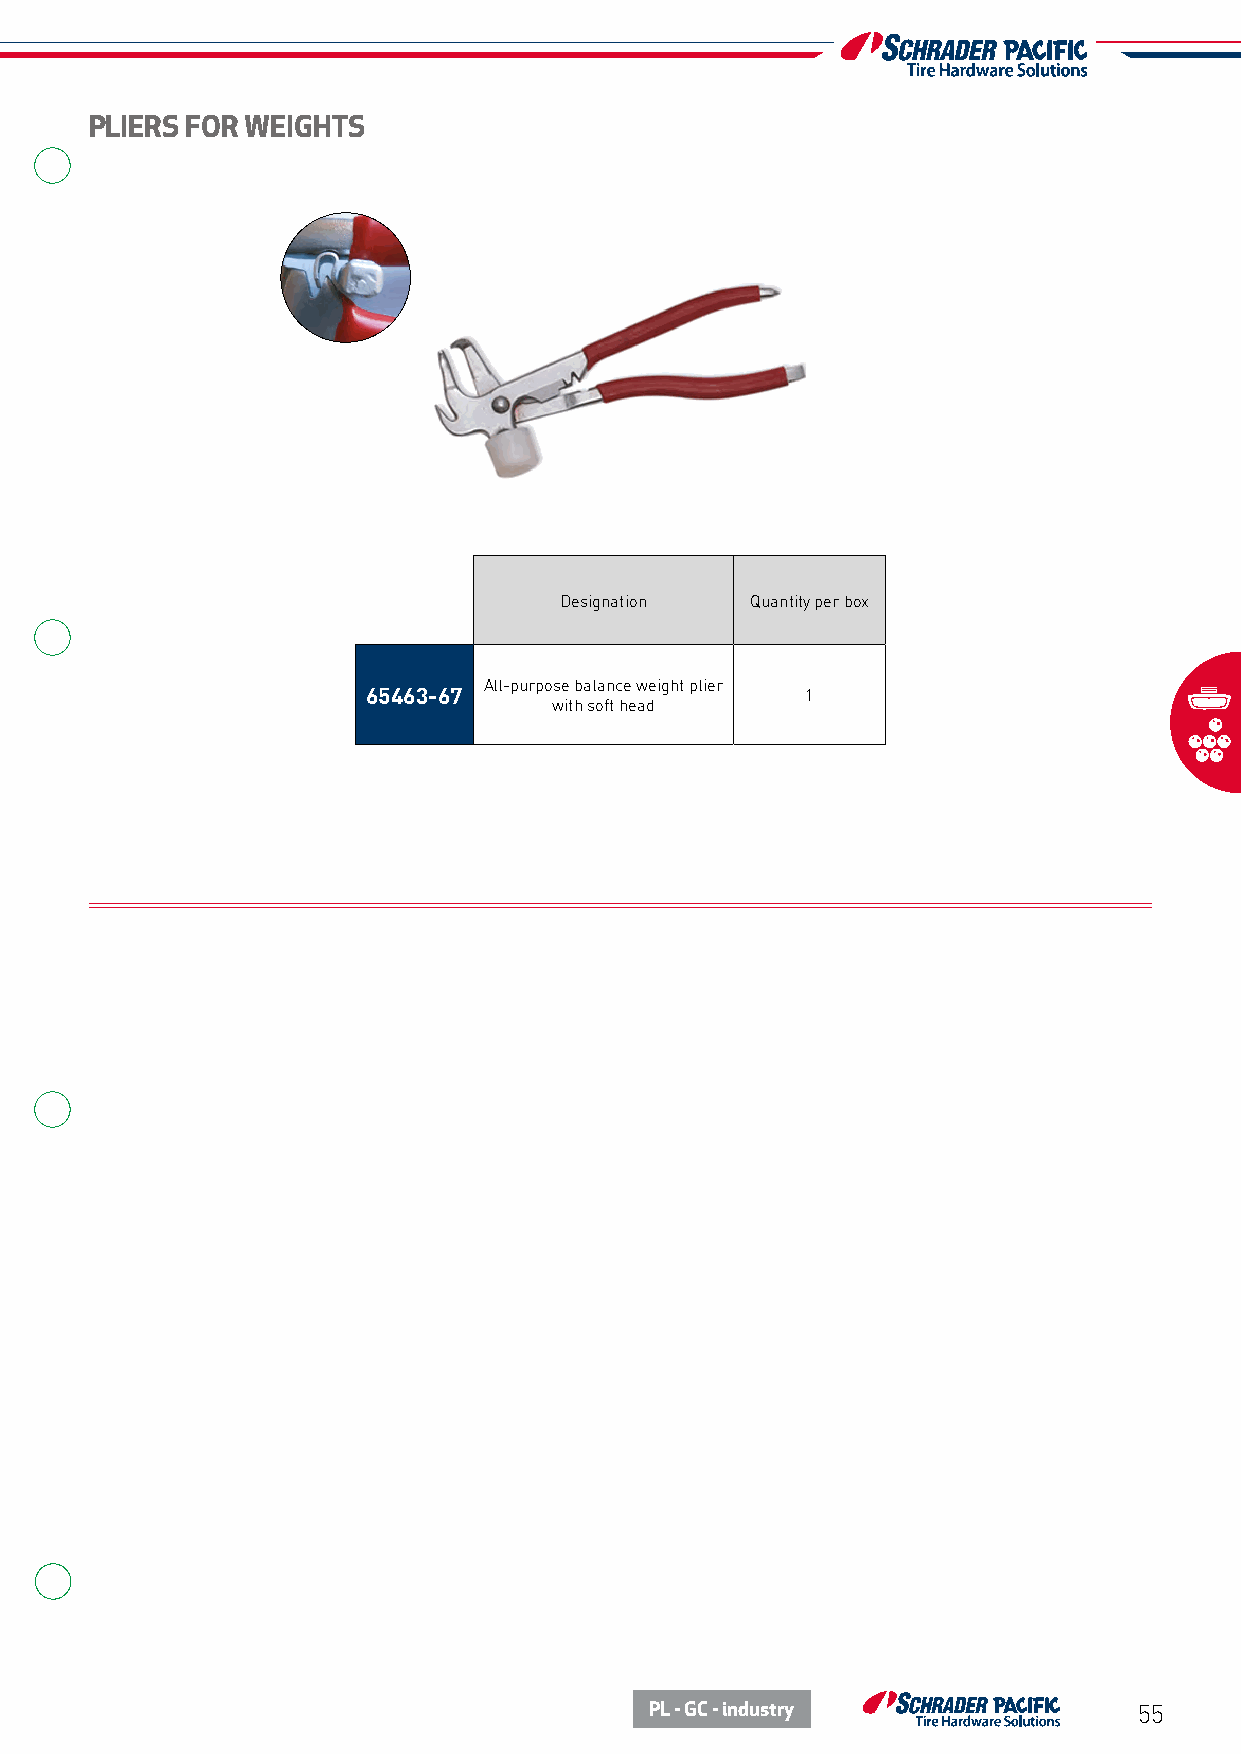
PLIERS FOR WEIGHTS
 Designation  Quantity per box
 All-purpose balance weight plier
 65463-67                     1
 with soft head
 PL - GC - industry              55